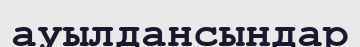
ауылдансындар